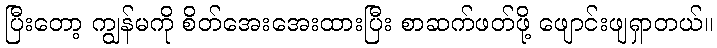
ပြီးတော့ ကျွန်မကို စိတ်အေးအေးထားပြီး စာဆက်ဖတ်ဖို့ ဖျောင်းဖျရှာတယ်။